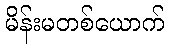
မိန်းမတစ်ယောက်